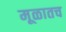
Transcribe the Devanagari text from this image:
मूळातच